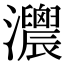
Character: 𤅛